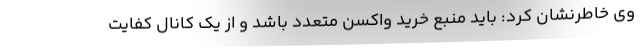
وی خاطرنشان کرد: باید منبع خرید واکسن‌ متعدد باشد و از یک کانال کفایت